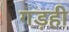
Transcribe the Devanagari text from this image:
गड़ही